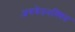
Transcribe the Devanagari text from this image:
अवचेतनस्थित